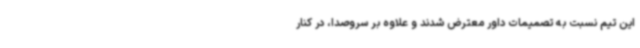
این تیم نسبت به تصمیمات داور معترض شدند و علاوه بر سروصدا، در کنار